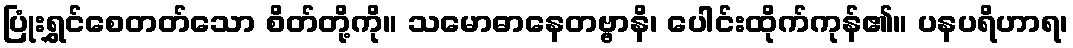
ပြုံးရွှင်စေတတ်သော စိတ်တို့ကို။ သမောဓာနေတဗ္ဗာနိ၊ ပေါင်းထိုက်ကုန်၏။ ပနပရိဟာရ၊